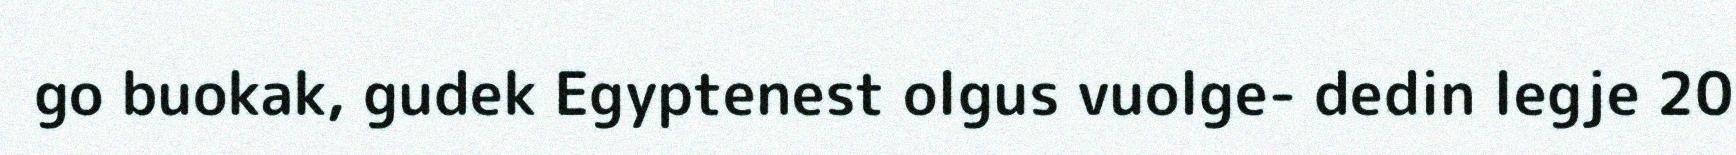
go buokak, gudek Egyptenest olgus vuolge- dedin legje 20